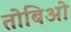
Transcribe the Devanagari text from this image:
तोबिओ